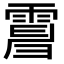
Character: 𩃿